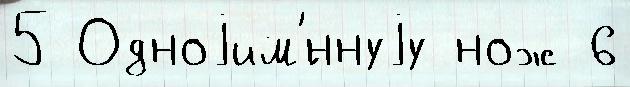
5 Одноjим'́ннуjу нож 6